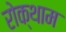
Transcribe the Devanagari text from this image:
रोक्थाम